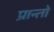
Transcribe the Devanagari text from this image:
प्रान्‍तो